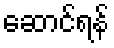
ဆောင်ရန်